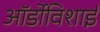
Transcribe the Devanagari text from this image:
ऑर्डोविशाई